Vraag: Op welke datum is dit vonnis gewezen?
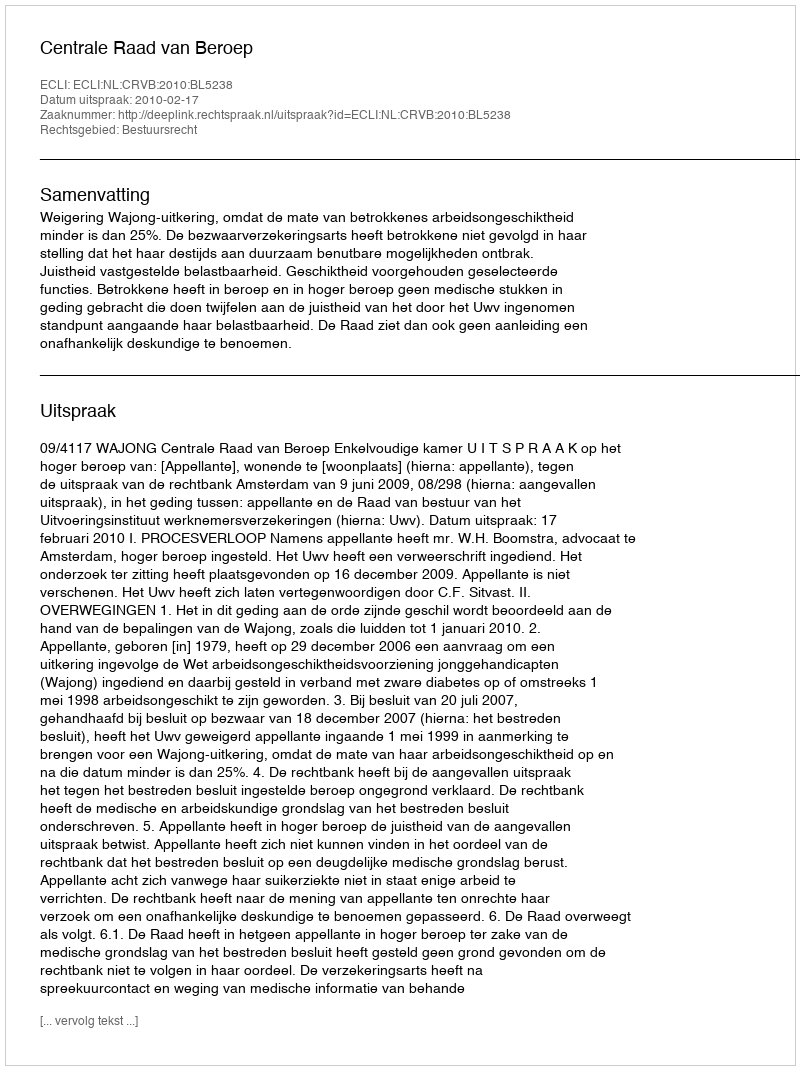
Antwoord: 2010-02-17